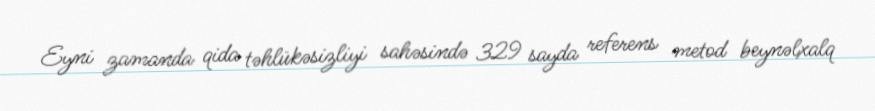
Eyni zamanda qida təhlükəsizliyi sahəsində 329 sayda referens metod beynəlxalq